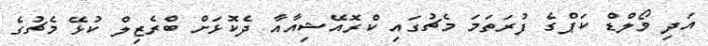
އަދި ވޯލްޑް ކަޕްގެ ފުރަތަމަ މެޗުގައި ކްރޮއޭޝިއާއާ ދެކޮޅަށް ބްރެޒިލް ކުޅޭ މެޗުގެ